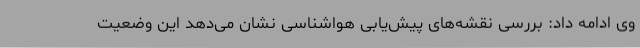
وی ادامه داد: بررسی نقشه‌های پیش‌یابی هواشناسی نشان می‌دهد این وضعیت